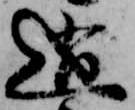
逍